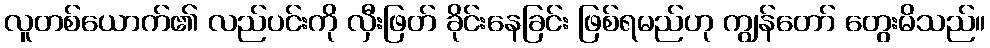
လူတစ်ယောက်၏ လည်ပင်းကို လှီးဖြတ် ခိုင်းနေခြင်း ဖြစ်ရမည်ဟု ကျွန်တော် တွေးမိသည်။